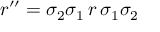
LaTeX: r ^ { \prime \prime } = \sigma _ { 2 } \sigma _ { 1 } \, r \, \sigma _ { 1 } \sigma _ { 2 }